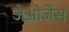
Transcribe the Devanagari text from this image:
जेओर्जेस